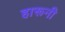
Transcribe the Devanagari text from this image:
हारूनी